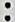
: